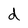
Character: d